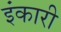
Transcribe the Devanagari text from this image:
इंकारी